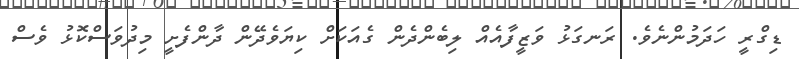
ޑިގްރީ ހަދަމުންނެވެ. ރަނގަޅު ވަޒީފާއެއް ލިބެންދެން ގެއަކަށް ކިޔަވެދޭން ދާންފެށީ މިދުވަސްކޮޅު ވެސް